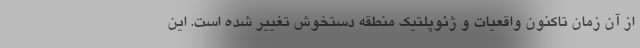
از آن زمان تاکنون واقعیات و ژئوپلتیک منطقه دستخوش تغییر شده است. این